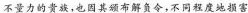
不量力的贵族，也因其颁布解负令，不同程度地损害